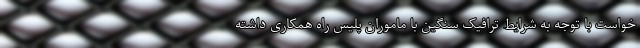
خواست با توجه به شرایط ترافیک سنگین با ماموران پلیس راه همکاری داشته